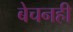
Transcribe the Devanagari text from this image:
बेचनही